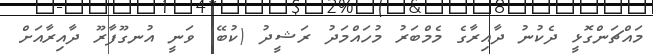
މައްޗަންގޮޅީ ދެކުނު ދާއިރާގެ މެމްބަރު މުހައްމަދު ރަޝީދު (ކުބޭ) ވަނީ އުނގޫފާރޫ ދާއިރާއަށް